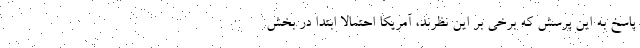
پاسخ به این پرسش که برخی بر این نظرند، آمریکا احتمالا ابتدا در بخش